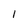
Character: l